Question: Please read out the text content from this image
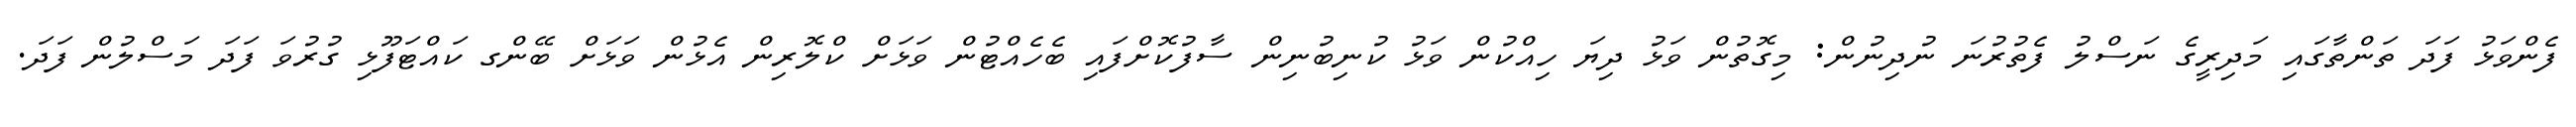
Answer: ފެންވަޅު ފަދަ ތަންތާގައި މަދިރީގެ ނަސްލު ފެތުރުނަ ނުދިނުން: މިގޮތުން ވަޅު ދިޔަ ހިއްކުން ވަޅު ކުނިބުނިން ސާފުކޮށްފައި ބެހެއްޓުން ވަޅަށް ކްލޮރިން އެޅުން ވަޅަށް ބޭންގ ކައްޓަފޫޅި ގުރުވަ ފަދަ މަސްލުން ފަދަ.